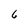
Character: 6